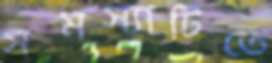
সমস্যাটিতে